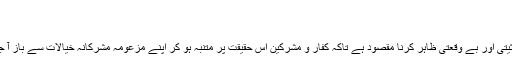
معبودانِ باطلہ کی بے وقعتی
مِنْ دُوْنِ اللهِ
سے ان معبودانِ باطلہ کی بے بسی، بے حیثیتی اور بے وقعتی ظاہر کرنا مقصود ہے تاکہ کفار و مشرکین اس حقیقت پر متنبہّ ہو کر اپنے مزعومہ مشرکانہ خیالات سے باز آ جائیں اور انہیں عبادت کے لائق نہ سمجھیں۔